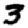
Digit: 3